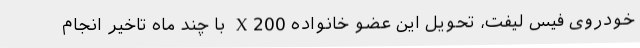
خودروی فیس لیفت، تحویل این عضو خانواده X200 با چند ماه تاخیر انجام